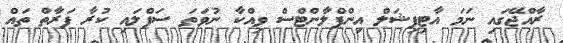
ރާއްޖޭގައި ނަމަ އާޓިފިޝަލް އިންޕްލާންޓްސް ވިއްކާ ނުވަތަ ސަޕްލައި ކުރާ ފަރާތް ތައް